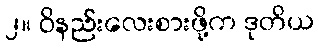
၂။ ဝိနည်းလေးစားဖို့က ဒုတိယ